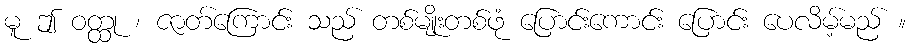
မူ ဤ ဝတ္ထု ၊ ဇာတ်ကြောင်း သည် တစ်မျိုးတစ်ဖုံ ပြောင်းကောင်း ပြောင်း ပေလိမ့်မည် ။